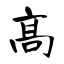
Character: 高